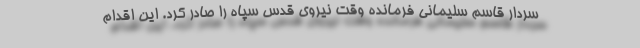
سردار قاسم سلیمانی فرمانده وقت نیروی قدس سپاه را صادر کرد. این اقدام